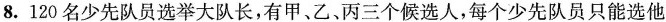
8.120名少先队员选举大队长，有甲、乙、丙三个候选人，每个少先队员只能选他